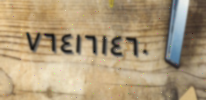
٧٦٤١٦١٤٦٠